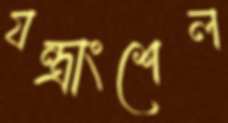
যন্ত্রাংশেল